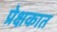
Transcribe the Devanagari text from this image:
प्रेक्षकात